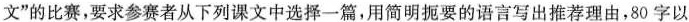
文”的比赛，要求参赛者从下列课文中选择一篇，用简明扼要的语言写出推荐理由，80字以